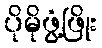
ပိုမိုဖွံ့ဖြိုး